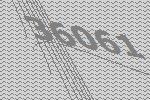
36061